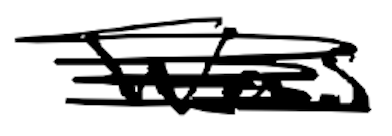
Text: was
Cross-out: scratch
Writing tool: digital_black